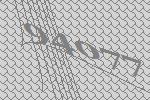
94077